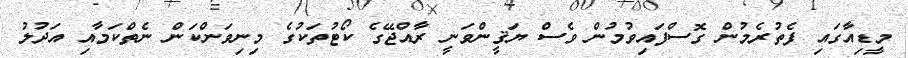
މީޑިއާގައި ފެތުރެމުން ގޮސްފައިވުމުން ވެސް ޔަޤީންވަނީ ރާއްޖޭގެ ކޯޓުތަކުގެ މިނިވަންކަން ނެތްކަމާއި އަދުލު